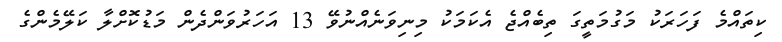
ކިތައްމެ ފަހަރަކު މަގުމަތީގަ ތިބެއްޖެ އެކަމަކު މިނިވަނެއްނުވޭ 13 އަހަރުވަންދެން މަޑުކޮށްލާ ކަލޭމެންގެ